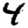
Digit: 4